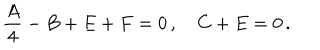
\frac { A } { 4 } - B + E + F = 0 \, , \quad C + E = 0 \, .